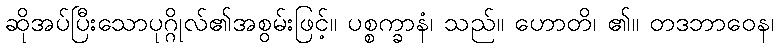
ဆိုအပ်ပြီးသောပုဂ္ဂိုလ်၏အစွမ်းဖြင့်။ ပစ္စက္ခာနံ၊ သည်။ ဟောတိ၊ ၏။ တဒဘာဝေန၊